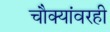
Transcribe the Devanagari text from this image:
चौक्यांवरही